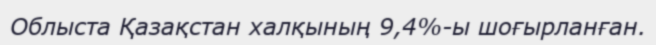
Облыста Қазақстан халқының 9,4%-ы шоғырланған.